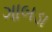
ગાબડા